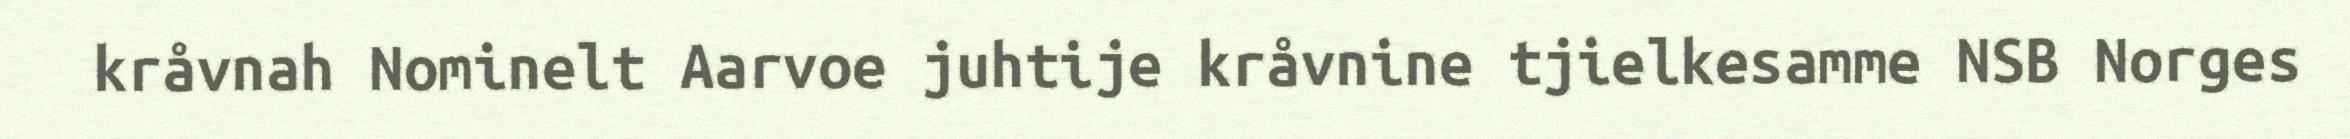
kråvnah Nominelt Aarvoe juhtije kråvnine tjielkesamme NSB Norges